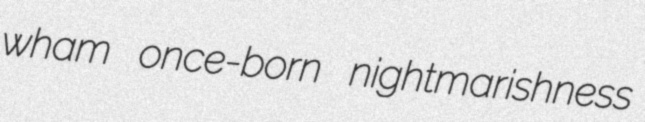
wham once-born nightmarishness